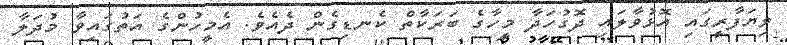
ވިޔަފާރީގައި އޮޅުވާލައި ދޮގުހަދާ މީހާގެ ބަރަކާތް ކެނޑިގެން ދެއެވެ. އެމީހުންގެ އަތުގައިވާ މުދަލާ